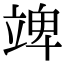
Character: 䇑